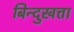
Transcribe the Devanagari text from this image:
बिन्दुखत्ता